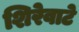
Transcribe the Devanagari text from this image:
शिरेवाटे